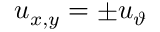
u _ { x , y } = \pm u _ { \vartheta }